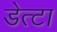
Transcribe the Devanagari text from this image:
डेत्टा